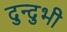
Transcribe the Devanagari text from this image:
दुन्‍दुभी